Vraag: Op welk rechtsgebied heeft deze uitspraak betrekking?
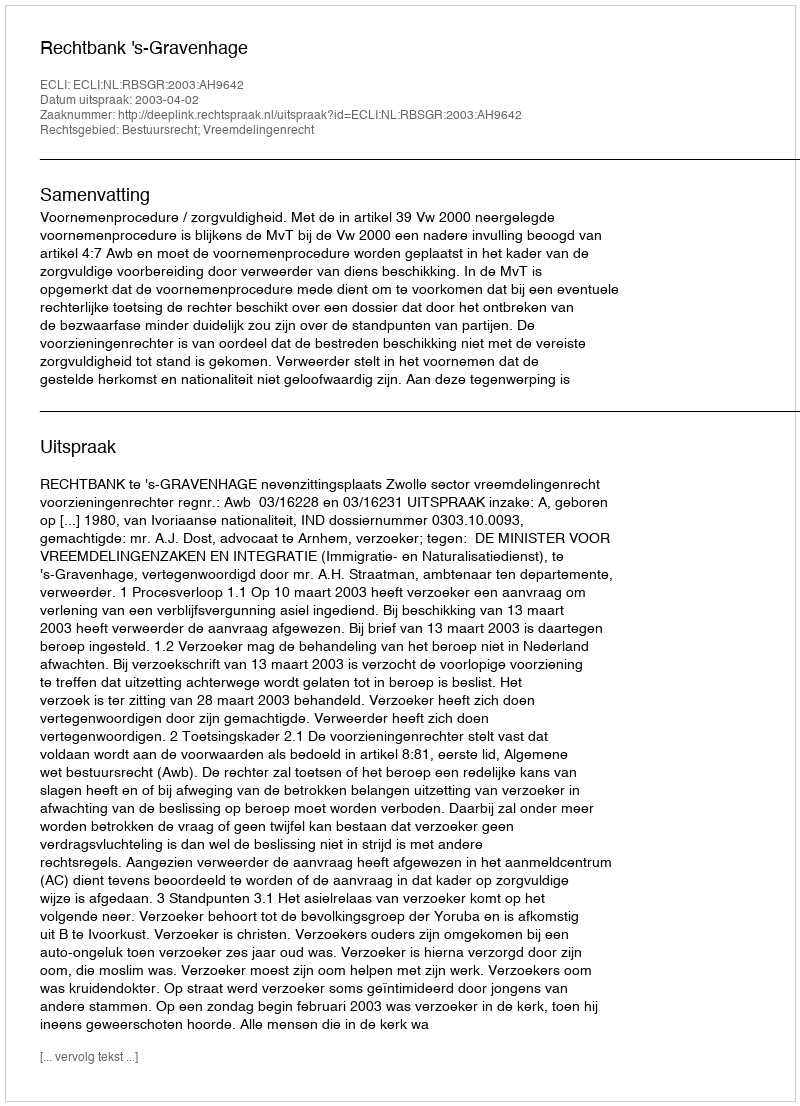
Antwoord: Bestuursrecht; Vreemdelingenrecht